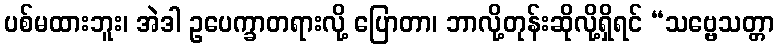
ပစ်မထားဘူး၊ အဲဒါ ဥပေက္ခာတရားလို့ ပြောတာ၊ ဘာလို့တုန်းဆိုလို့ရှိရင် “သဗ္ဗေသတ္တာ